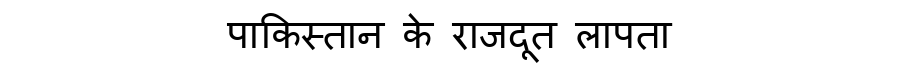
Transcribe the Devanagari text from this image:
पाकिस्तान के राजदूत लापता